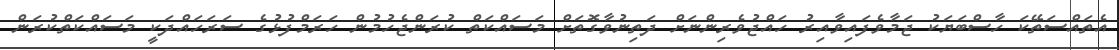
އެތައްސަތޭކަ ހާސްބަޔަކު ޖަމާވެފައިވާއިރު ހައްޖުވެރިންނަށް ދަތިނުވާގޮތަށް މަސައްކަތް ކުރަންޖެހުމުން ހަރަމްފުޅުގެ ސަރަހައްދަކީ މަސައްކަތްކުރަން